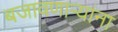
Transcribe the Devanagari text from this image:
बजावणाऱ्यांना